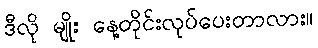
ဒီလို မျိုး နေ့တိုင်းလုပ်ပေးတာလား။